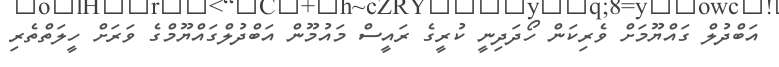
އަބްދުލް ގައްޔޫމަށް ވެރިކަން ހޯދަދިނީ ކުރީގެ ރައީސް މައުމޫން އަބްދުލްގައްޔޫމްގެ ވަރަށް ހީލަތްތެރި